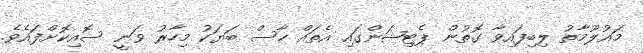
މައުލޫމާތު ލިބިފައިވާ ގޮތުން ޕެޓިޝަންގައި އެތައް ހާސް ބަޔަކު މިހާރު ވަނީ ސޮއިކޮށްފައެވެ.